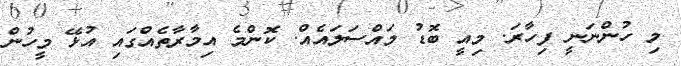
މި ހުންނަނީ ފިހާރަ. މިއީ ބޮޑު މައްސަލައެއް. ކޮންމެ އިމާރާތެއްގައި އުޅޭ މީހުން